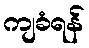
ကျခံရန်